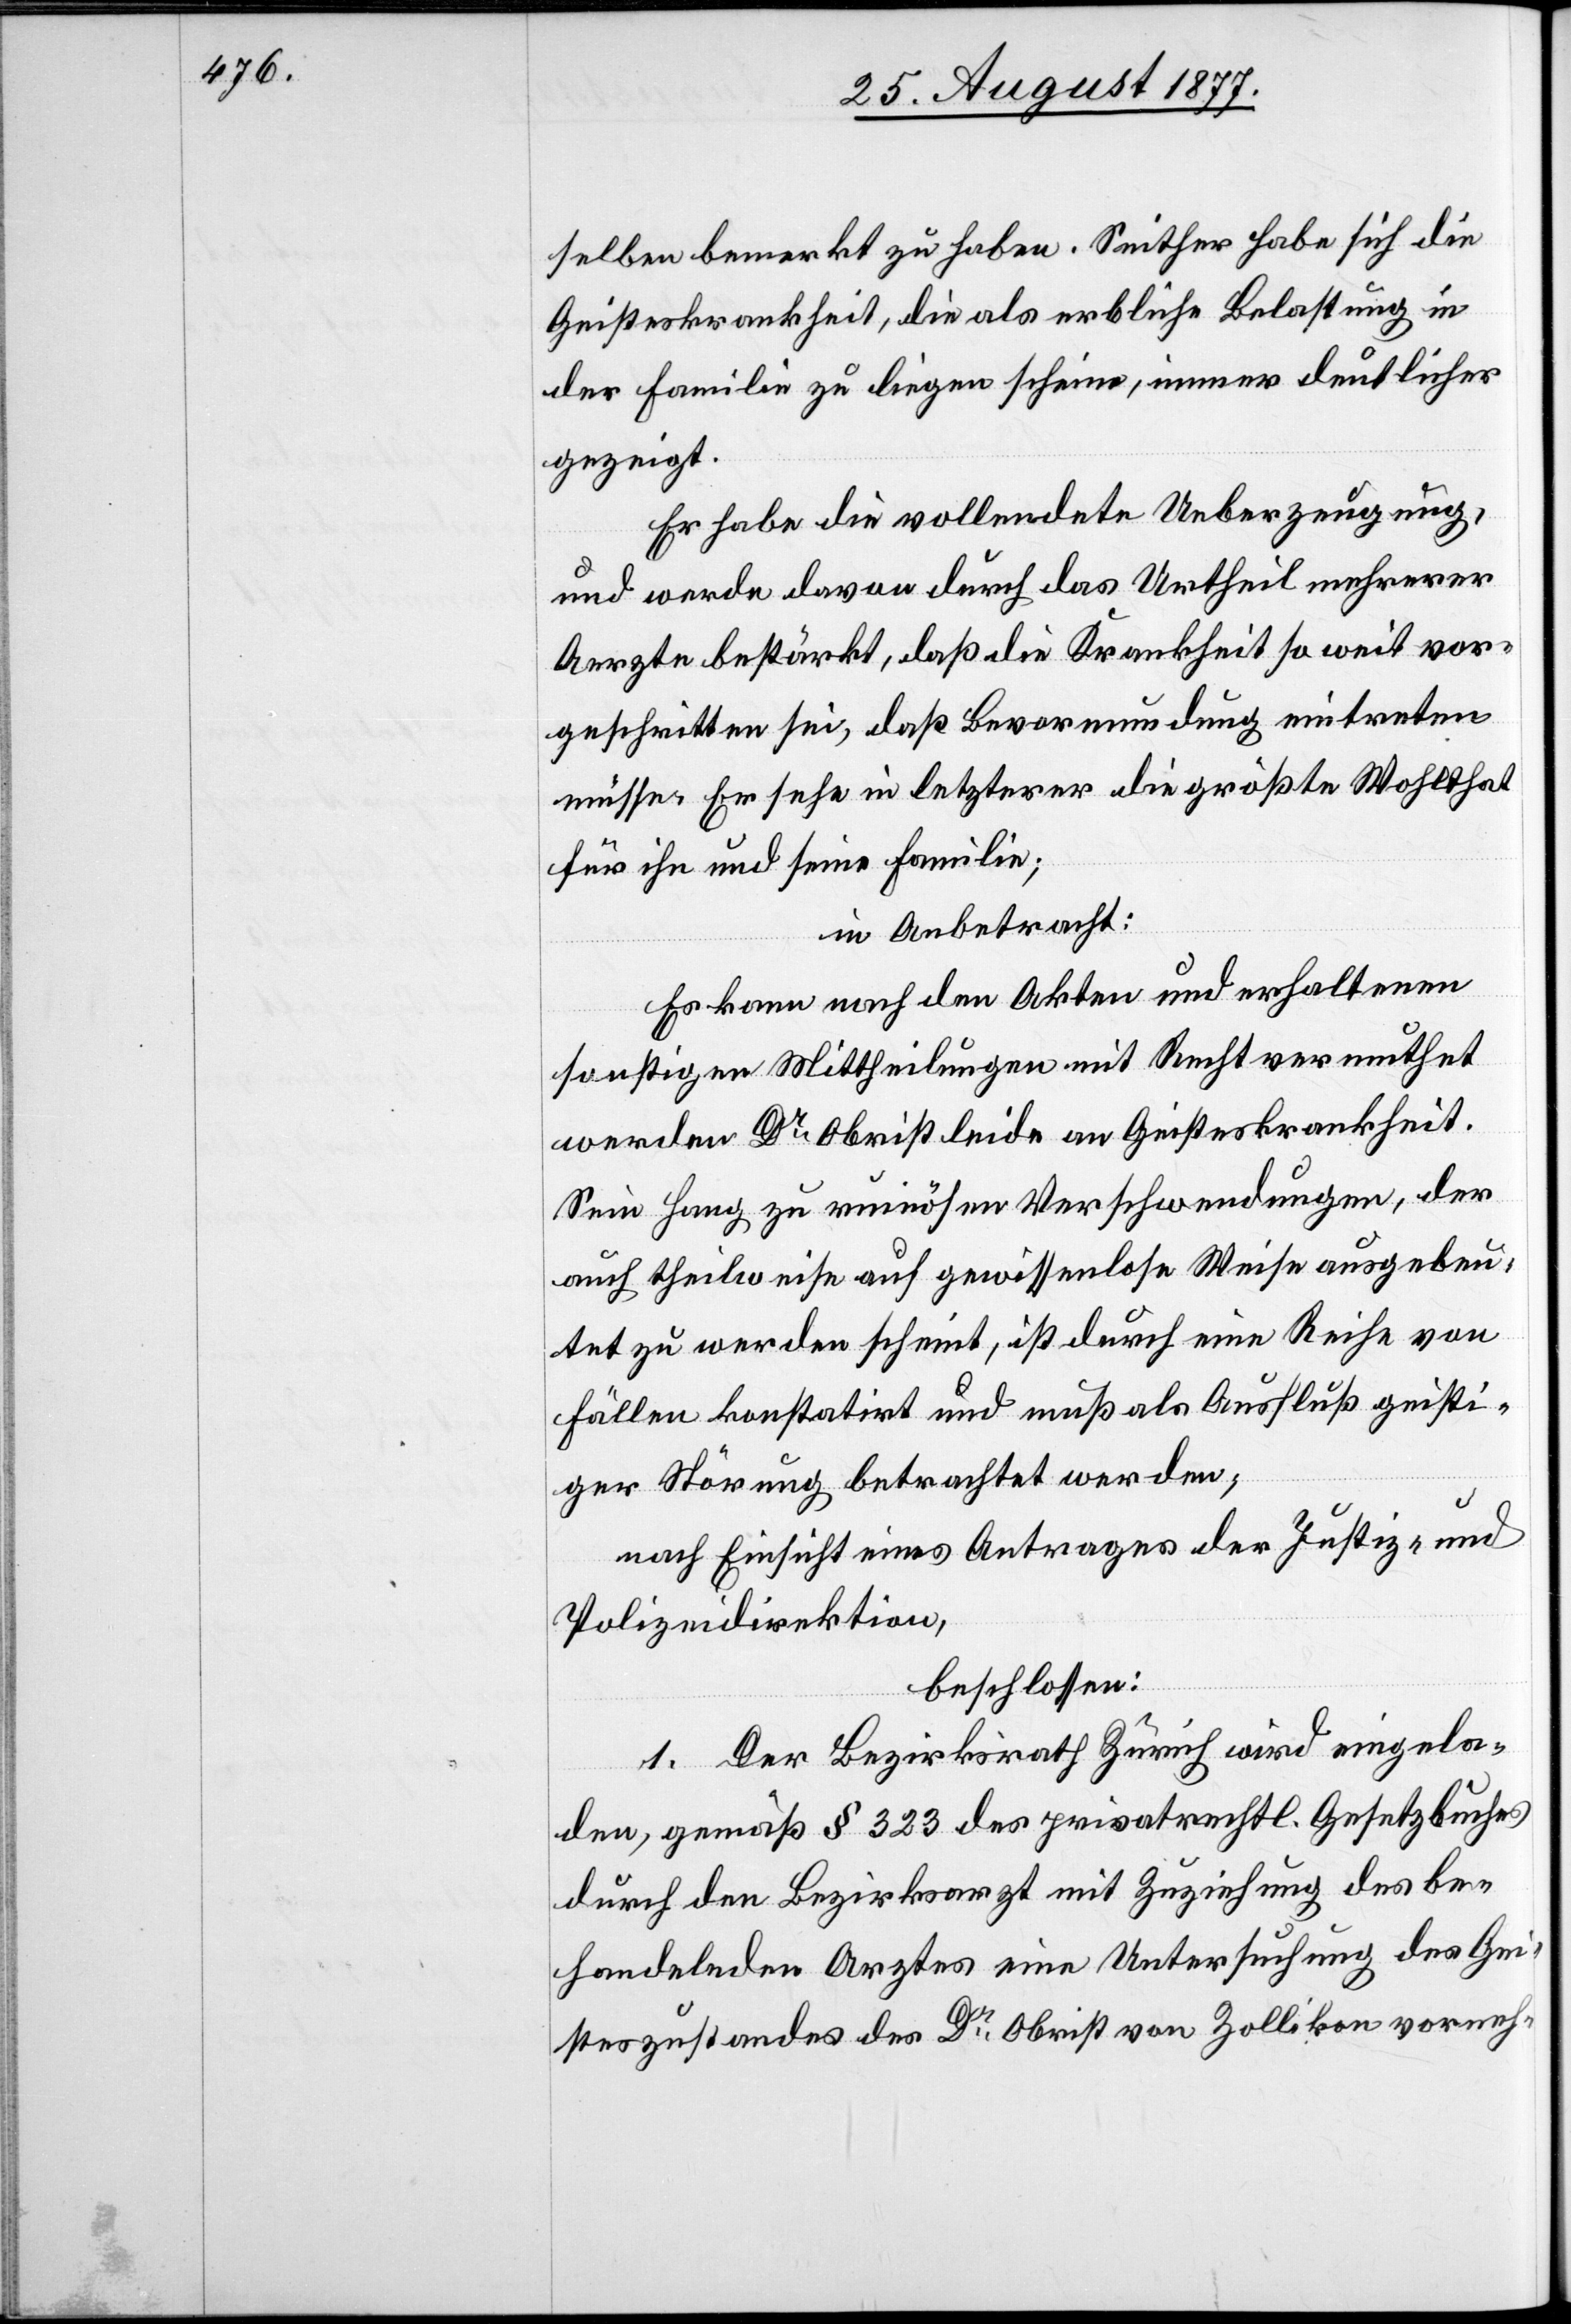
selben bemerkt zu haben. Seither habe sich die
Geisteskrankheit, die als erbliche Belastung in
der Familie zu liegen scheine, immer deutlicher
gezeigt.
Er habe die vollendete Ueberzeugung,
und werde davon durch das Urtheil mehrerer
Aerzte bestärkt, daß die Krankheit so weit vor¬
geschritten sei, daß Bevormundung eintreten
müsse. Er sehe in letzterer die größte Wohlthat
für ihn und seine Familie;
in Anbetracht:
Es kann nach den Akten und erhaltenen
sonstigen Mittheilungen mit Recht vermuthet
werden Dr Obrist leide an Geisteskrankheit.
Sein Hang zu ruinösen Verschwendungen, der
auch theilweise auf gewissenlose Weise ausgebeu¬
tet zu werden scheint, ist durch eine Reihe von
Fällen konstatirt und muß als Ausfluß geisti¬
ger Störung betrachtet werden;
nach Einsicht eines Antrages der Justiz- und
Polizeidirektion,
beschlossen:
1. Der Bezirksrath Zürich wird eingela¬
den, gemäß § 323 des privatrechtl. Gesetzbuches
durch den Bezirksarzt mit Zuziehung des be¬
handelnden Arztes eine Untersuchung des Gei¬
steszustandes des Dr Obrist von Zollikon vorneh-